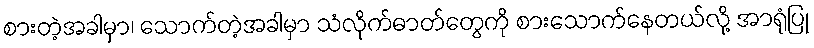
စားတဲ့အခါမှာ၊ သောက်တဲ့အခါမှာ သံလိုက်ဓာတ်တွေကို စားသောက်နေတယ်လို့ အာရုံပြု